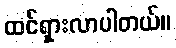
ထင်ရှားလာပါတယ်။